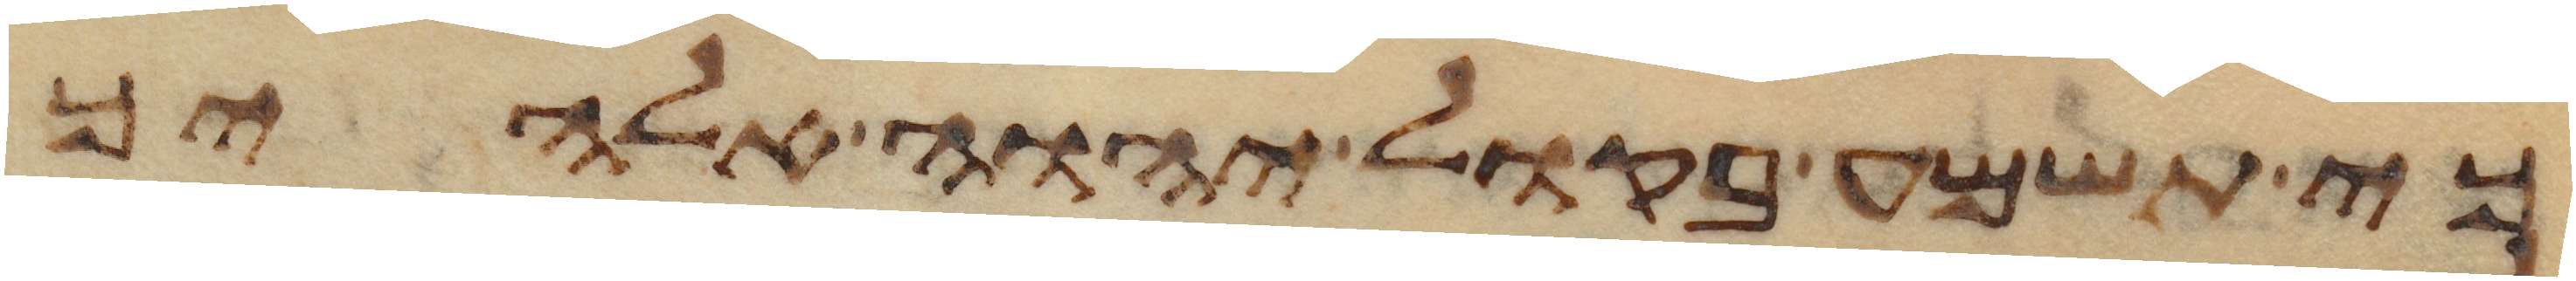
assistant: כי תשמע בקול יהוה אלהיך